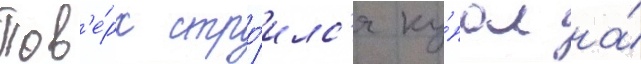
Пов'е́рх стро́илс'я ку́пол на́